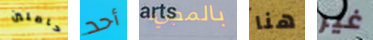
حاملين أحد بالمجيء هنا غير